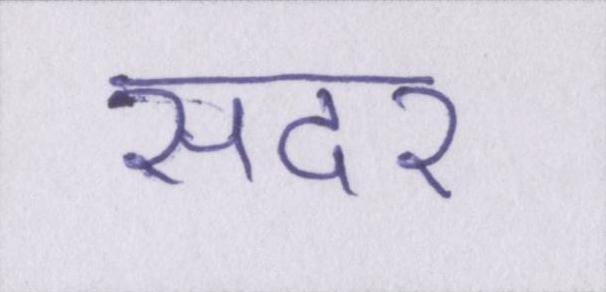
सदर